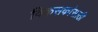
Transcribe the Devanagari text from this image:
विकसकांसाठी